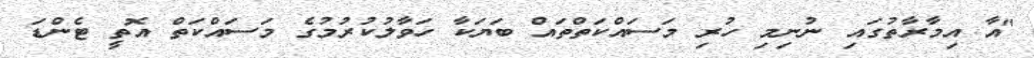
"އާ އިމާރާތުގައި ނުނިމި ހުރި މަސައްކަތްތައް ބަޔަކާ ހަވާލުކުރުމުގެ މަސައްކަތް އޮތީ ޓެންޑަ